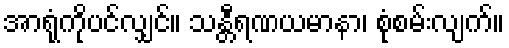
အာရုံကိုပင်လျှင်။ သန္တီရဏယမာနာ၊ စုံစမ်းလျက်။